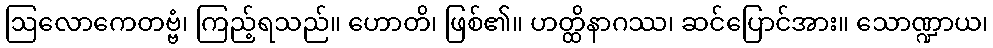
ဩလောကေတဗ္ဗံ၊ ကြည့်ရသည်။ ဟောတိ၊ ဖြစ်၏။ ဟတ္ထိနာဂဿ၊ ဆင်ပြောင်အား။ သောဏ္ဍာယ၊